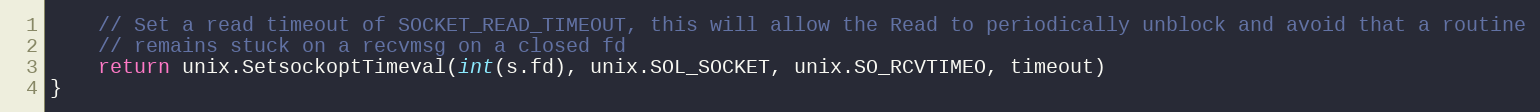
Language: Go
	// Set a read timeout of SOCKET_READ_TIMEOUT, this will allow the Read to periodically unblock and avoid that a routine
	// remains stuck on a recvmsg on a closed fd
	return unix.SetsockoptTimeval(int(s.fd), unix.SOL_SOCKET, unix.SO_RCVTIMEO, timeout)
}